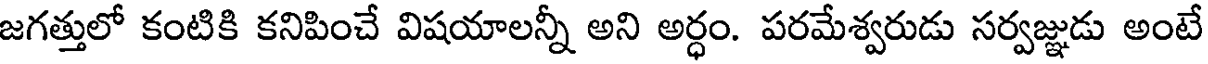
జగత్తులో కంటికి కనిపించే విషయాలన్నీ అని అర్ధం. పరమేశ్వరుడు సర్వజ్ఞుడు అంటే